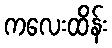
ကလေးထိန်း